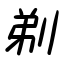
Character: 剃